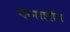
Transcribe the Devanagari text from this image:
पन्नाशीत